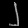
Digit: ၂